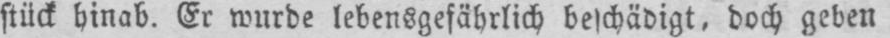
stück hinab. Er wurde lebensgefährlich beschädigt, doch geben